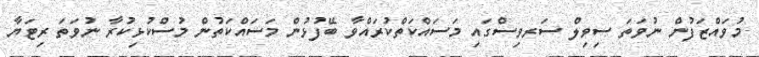
މުވައްޒަފުން ނުވަތަ ސިވިލް ސަރވިސްގައި މަސައްކަތްކުރައްވާ ބޭފުޅުން މަސައްކަތުން މުސްކުޅިކުރާ ނުވަތަ ރިޓަޔާ